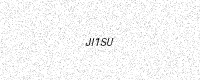
Text: JI1SU